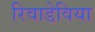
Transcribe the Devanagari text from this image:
रिवाडेविया